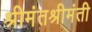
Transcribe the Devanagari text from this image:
श्रीमंतश्रीमंती